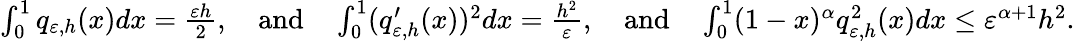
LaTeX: \begin{array}{r}{\int_{0}^{1}q_{\varepsilon,h}(x)dx=\frac{\varepsilon h}{2},\quad\mathrm{and}\quad\int_{0}^{1}(q_{\varepsilon,h}^{\prime}(x))^{2}dx=\frac{h^{2}}{\varepsilon},\quad\mathrm{and}\quad\int_{0}^{1}(1-x)^{\alpha}q_{\varepsilon,h}^{2}(x)dx\leq\varepsilon^{\alpha+1}h^{2}.}\end{array}